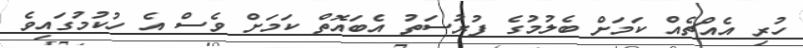
ހުރި އެއްޗެއް ކަމަށް ބެލުމުގެ ފުރުސަތު އެބައޮތް ކަމަށް ވެސް އެ ހުކުމުގައިވެ